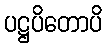
ပဋ္ဌပိတောပိ